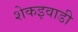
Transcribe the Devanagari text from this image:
शेकइवाडी